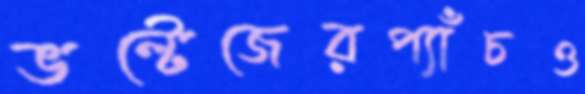
ভল্টেজেরপ্যাঁচও